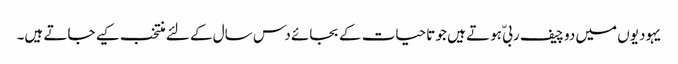
یہودیوں میں دو چیف ربیّ ہوتے ہیں جو تاحیات کے بجائے دس سال کے لئے منتخب کیے جاتے ہیں۔